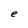
Character: e